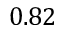
0 . 8 2